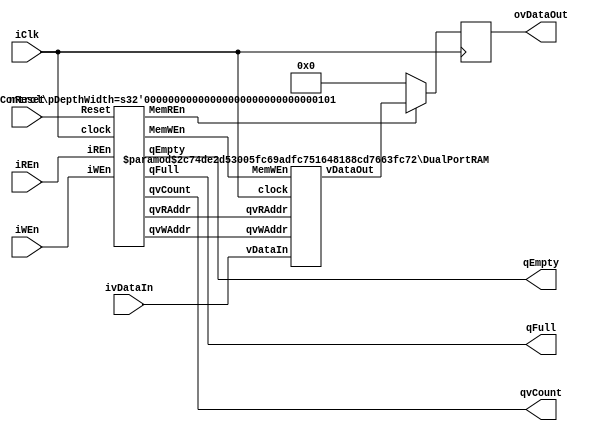
//
// Module SwitchSyncFIFO
//
// the differences between this FIFO and the general one are listed below
//    1. because there is no any write and read acknowledgements, the user should take advantage of the status flags to generate the write and read requests.
//    2. after the full flag has been asserted, the word can not be written into the FIFO even if the reacd request is being asserted at the same cycle.
//
// Created:
//          by - Xinchun Liu
//          at - 2006-09-25
// History: 
//			2007-1-31 9:50		change iReset to nReset  Revised  By Wang Dawei wangdawei@ncic.ac.cn
//
`resetall
`timescale 1ns/10ps

module SwitchSyncFIFO (
	nReset,
	iClk,
	iWEn,
	ivDataIn,
	iREn,
	ovDataOut,
	qEmpty,
	qFull,
	qvCount
);

// Default address and data width
parameter   pDepthWidth = 5 ;                      
parameter   pWordWidth = 16 ;                      

input	nReset ;
input	iClk ;
input iWEn ;
input [pWordWidth-1:0]	ivDataIn ;
input	iREn ;
output   [pWordWidth-1:0]	ovDataOut ;
output   qEmpty ;
output	qFull ;
output   [pDepthWidth:0]	qvCount ;

wire	nReset ;
wire	iClk ;
wire	iWEn ;
wire  [pWordWidth-1:0]	ivDataIn ;
wire	iREn ;
wire  [pWordWidth-1:0]	ovDataOut_i ;
wire	qEmpty ;
wire	qFull ;
wire  [pDepthWidth:0]	qvCount ;

wire  MemWEn;
wire  MemREn;
wire  [pDepthWidth-1:0] vWriteAddr ;
wire  [pDepthWidth-1:0] vReadAddr ;

DualPortRAM #( pDepthWidth, pWordWidth )   Fifo_Storage                 	// Generic synchronous two-port RAM interface
   (
      .clock   ( iClk ) ,
      .MemWEn   ( MemWEn ) ,
      .qvWAddr   ( vWriteAddr ) ,
      .vDataIn		( ivDataIn ) ,
      .qvRAddr		( vReadAddr ) ,
      .vDataOut		( ovDataOut_i	)
   );


reg  [pWordWidth-1:0]	ovDataOut ;

always @ ( posedge iClk )
   if ( MemREn )
       ovDataOut <= ovDataOut_i ;
   else
       ovDataOut <= 0;
       
FifoControl #( pDepthWidth ) Fifo_Ctrl
   (
      .Reset   ( nReset ) ,
      .clock   ( iClk ) ,
      .iWEn   ( iWEn ) ,
      .MemWEn   ( MemWEn ) ,
      .MemREn   (MemREn),
      .qvWAddr   ( vWriteAddr ) ,
      .iREn		( iREn ) ,
      .qvRAddr   ( vReadAddr ) ,
      .qEmpty  ( qEmpty ) , 
      .qFull   ( qFull ) , 
      .qvCount ( qvCount )
   ) ;

endmodule
 
module FifoControl(
      Reset ,
      clock ,
      iWEn ,
      MemWEn ,
      MemREn,
      qvWAddr ,
      iREn ,
      qvRAddr ,
      qEmpty , 
      qFull , 
      qvCount
   ) ;

parameter   pDepthWidth = 5;		

input  Reset ;
input  clock ;
input  iWEn ;
output  MemWEn ;
output  MemREn ;
output  [pDepthWidth-1:0] qvWAddr ;
input  iREn ;
output  [pDepthWidth-1:0] qvRAddr ;
output  qEmpty ; 
output  qFull ;
output  [pDepthWidth:0] qvCount ;

wire  Reset ;
wire  clock ;
wire  iWEn ;
wire  MemWEn ;
reg  [pDepthWidth-1:0] qvWAddr ;
wire  iREn ;
reg  [pDepthWidth-1:0] qvRAddr ;
reg  qEmpty ; 
reg  qFull ;
reg  [pDepthWidth:0] qvCount ;

wire  MemREn ;

// write allow wire - writes are allowed when fifo is not full
// read  allow wire - reads  are allowed when fifo is not empty
assign MemWEn = iWEn && ( ~qFull ) ;
assign MemREn = iREn && ( ~qEmpty ) ;

// write address module
always @ ( posedge clock or negedge Reset) begin 
   if( ~Reset ) begin
  	 	qvWAddr <= 0 ;
	end
   else  begin
		if( MemWEn )   qvWAddr <= qvWAddr + 1'b1 ;
	end
end

// read address module
always @ ( posedge clock or negedge Reset) begin 
   if( ~Reset ) begin
  	 	qvRAddr <= 0 ;
	end
   else  begin
		if( MemREn )   qvRAddr <= qvRAddr + 1'b1 ;
	end
end

// flags module
always @ ( posedge clock or negedge Reset) begin 
   if( ~Reset ) begin
		qFull  <= 0 ;
		qEmpty   <= 1 ; 
		qvCount   <= 0 ; 
	end
   else  begin
		if( MemWEn )   begin
			if( qEmpty )   qEmpty <= 0 ;
			if ( ~MemREn ) begin
			   qvCount <= qvCount + 1'b1 ;
			   if( qvCount[pDepthWidth-1:0] == { pDepthWidth{1'b1} } )
			      qFull <= 1 ;
			end
		end
		else  begin
		   if( MemREn ) begin
		      qvCount <= qvCount - 1'b1 ;
				if( qvCount == 1'b1 )  qEmpty <= 1;
				if( qFull ) qFull <= 0;
			end
		end
	end
end

endmodule

//=============================================================================================================
 
module DualPortRAM
   (
      clock ,
      MemWEn ,
      qvWAddr ,
      vDataIn ,
      qvRAddr ,
      vDataOut
	);

// Default address and data width
parameter   pDepthWidth = 5 ;                      
parameter   pWordWidth = 16 ;                      

// Generic synchronous two-port RAM interface
input clock ;		// clock
input MemWEn ;	// write enable input
input [pDepthWidth-1:0] qvWAddr ;	// write address bus
input [pWordWidth-1:0]  vDataIn ;	// input data bus
input [pDepthWidth-1:0] qvRAddr ;	// read address bus
output   [pWordWidth-1:0]  vDataOut ;	// output data bus


// Generic two-port synchronous RAM model

// Generic RAM's registers and wires
reg   [pWordWidth-1:0]  mem[(1<<pDepthWidth)-1:0] /*synthesis syn_ramstyle="no_rw_check"*/; 

always @ ( posedge clock )
   if ( MemWEn )
		mem[qvWAddr] <= vDataIn ;

assign vDataOut = mem[qvRAddr] ;

endmodule 


///**********************************************************************
//						 FIFO						
///**********************************************************************